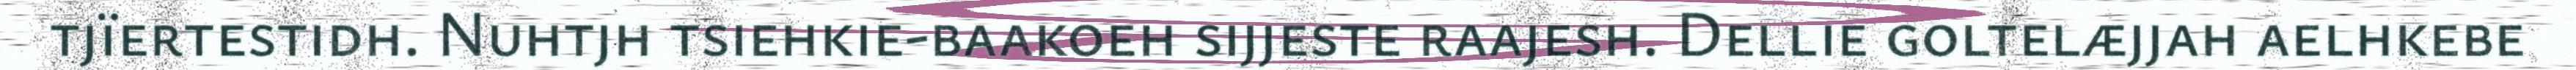
tjïertestidh. Nuhtjh tsiehkie-baakoeh sijjeste raajesh. Dellie goltelæjjah aelhkebe